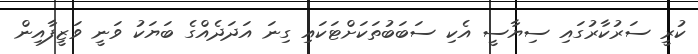
ކުރީ ސަރުކާރުގައި ސިޔާސީ އެކި ސަބަބުތަކަށްޓަކައި ގިނަ އަދަދެއްގެ ބަޔަކު ވަނީ ވަޒީފާއިން